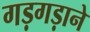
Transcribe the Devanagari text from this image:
गड़गड़ाने